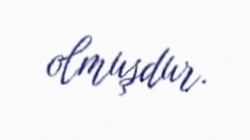
olmuşdur.